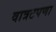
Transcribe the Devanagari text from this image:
वात्रटपणा